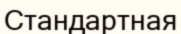
Стандартная